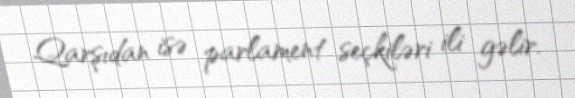
Qarşıdan isə parlament seçkiləri ili gəlir.